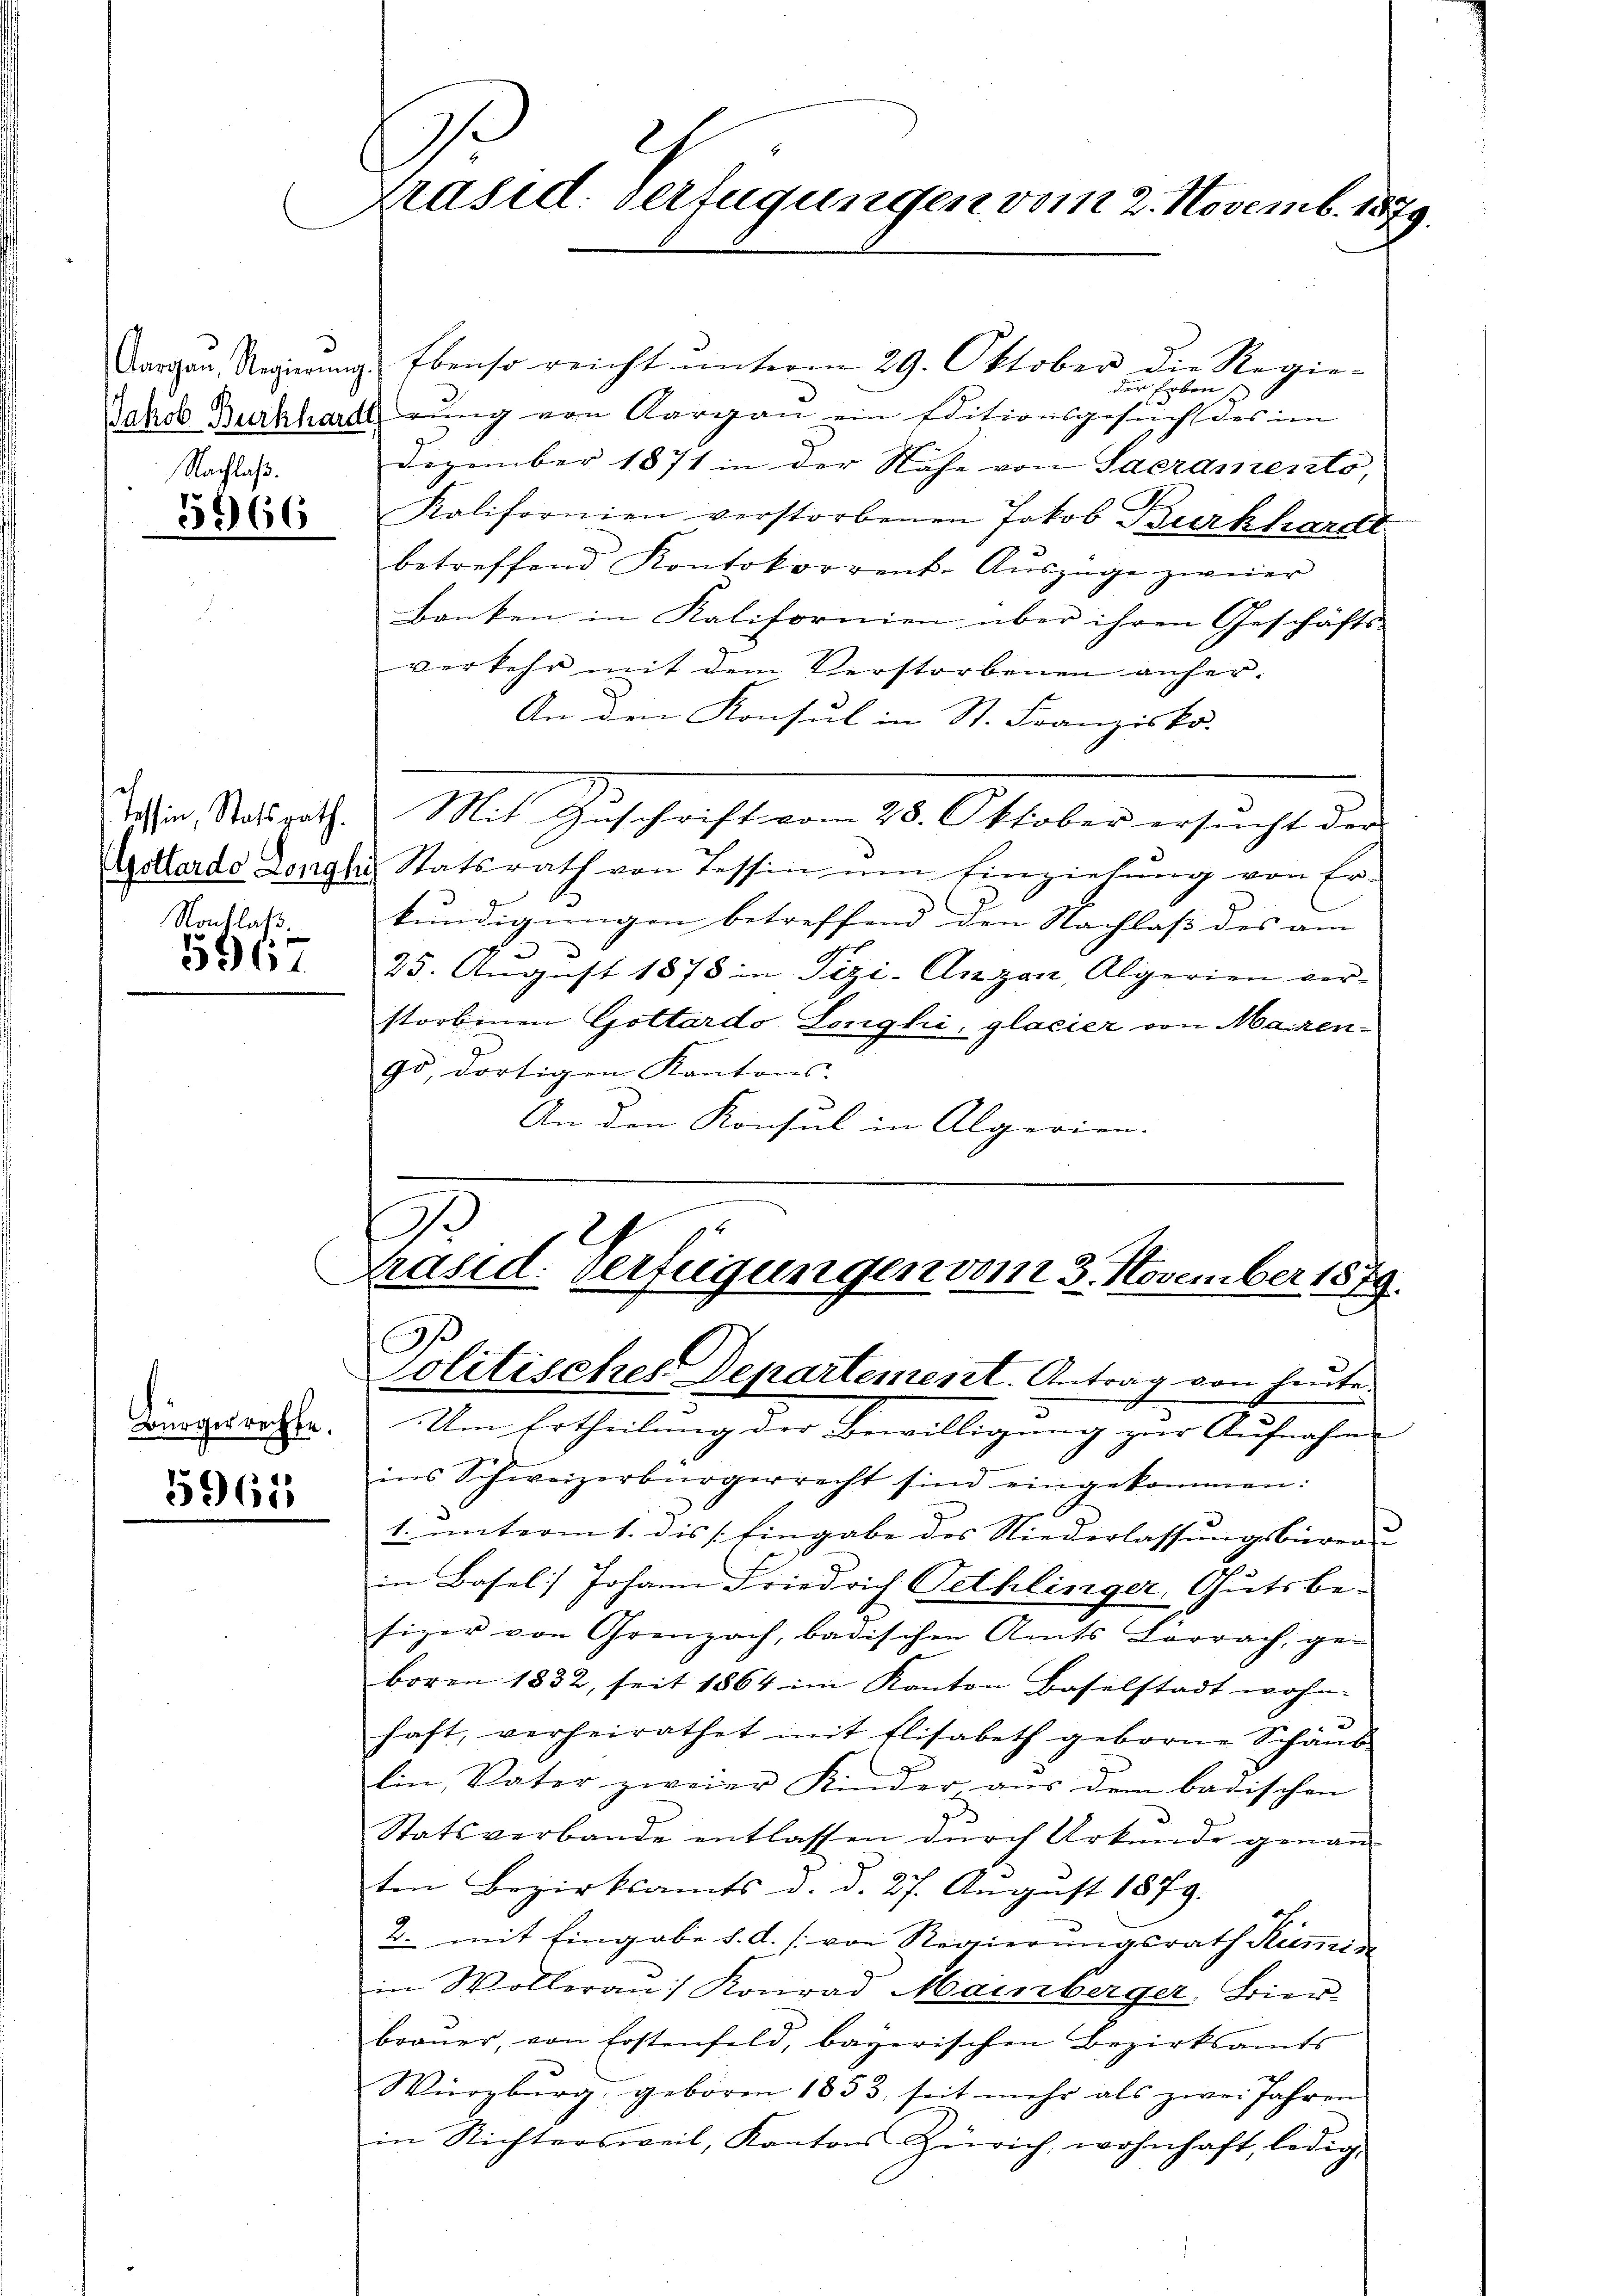
Aargau, Regierŭng.
Jakob Burkhard
Nachlaß.

3666

Tessin, Statsrath.
Gottardo Longh
Nachlaß

5967

Bürgerrechte.

5961

präsid. Verfügungen vom 2. Novemb. 1879.

Ebenso reicht ŭnterm 29. Oktober die Regie-
der Erben
rung von Aargau ein Editionsgesuchs des im
Dezember 1871 in der Nähe von Sacramento,
Kolifornien verstorbenen Jakob Burkhardt.
betreffend Kontokorrent-Auszüge zweier
banken in Kalifornien über ihren Geschäfts-
verkehr mit dem Verstorbenen anher¬
An den Konsul in St. Franzisko-
Mit Geschrift vom 28. Oktober ersucht der
Statsrath von Tessin um Einziehung von Er-
kundigungen betreffend den Nachlaß des am
25. August 1875 in Pizi-Anzon, Algerien ver-
storbenen Gottardo Longhi, glacier von Mairen¬
95, dortigen Kantons-
An den Konsul in Alperien.

.
räsid. Verfügungen vom 3. November 1879.
Politisches Departement. Antrag von heute.

Um Ertheilung der Bewilligung zur Aufnahm
ins Schweizerbürgerrecht sind eingekommen:
1. unterm 1. des Eingabe des Niederlassungsbüreau
in Basel) Johann Friedrich Tethlinger, Gutsbesizer von Grenzach, badischen Amts Lörrach, ge-
boren 1832, seit 1864 im Kanton Baselstadt wohn-
haft, verheirathet mit Elisabeth geborne Schaŭs
lin, Vater zweier Kinder, aus dem badischen
Statsverbande entlassen durch Urkunde genanten Bezirksamts d. d. 27. August 1879.
2. mit Eingabe d. d. [von Regierungsrath Kummen
in Wolleran: Konrad Mainberger, Bier-
braŭer, von Erstenfeld, bayerischen Bezirksamts
Würzburg, geboren 1853, seit mehr als zwei Jahren
in Richtersweil, Kanton Zürich, wohnhaft, ledig¬